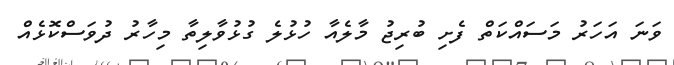
ވަނަ އަހަރު މަސައްކަތް ފެށި ބުރިޖު މާލެއާ ހުޅުލެ ގުޅުވާލިތާ މިހާރު ދުވަސްކޮޅެއް